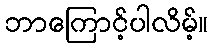
ဘာကြောင့်ပါလိမ့်။